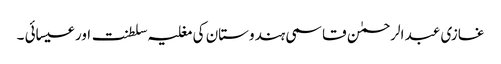
غازی عبد الرحمٰن قاسمی ہندوستان کی مغلیہ سلطنت اور عیسائی ۔